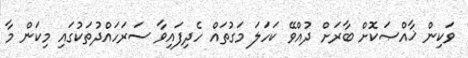
ވަކިން ޚާއްޞަކޮށް ބާރަށް ދުއްވޭ ކަހަލަ މަގުތައް ހެދިފައިވާ ސަރަހައްދުތަކުގައި މިކަން މާ